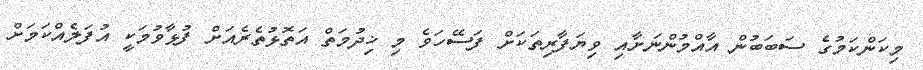
މިކަންކަމުގެ ސަބަބުން އާއްމުންނަށާއި ވިޔަފާރިތަކަށް ފަސޭހަވެ މި ޚިދުމަތް އަތޮޅުތެރެއަށް ފުޅާވުމަކީ އުފަލެއްކަމަށް